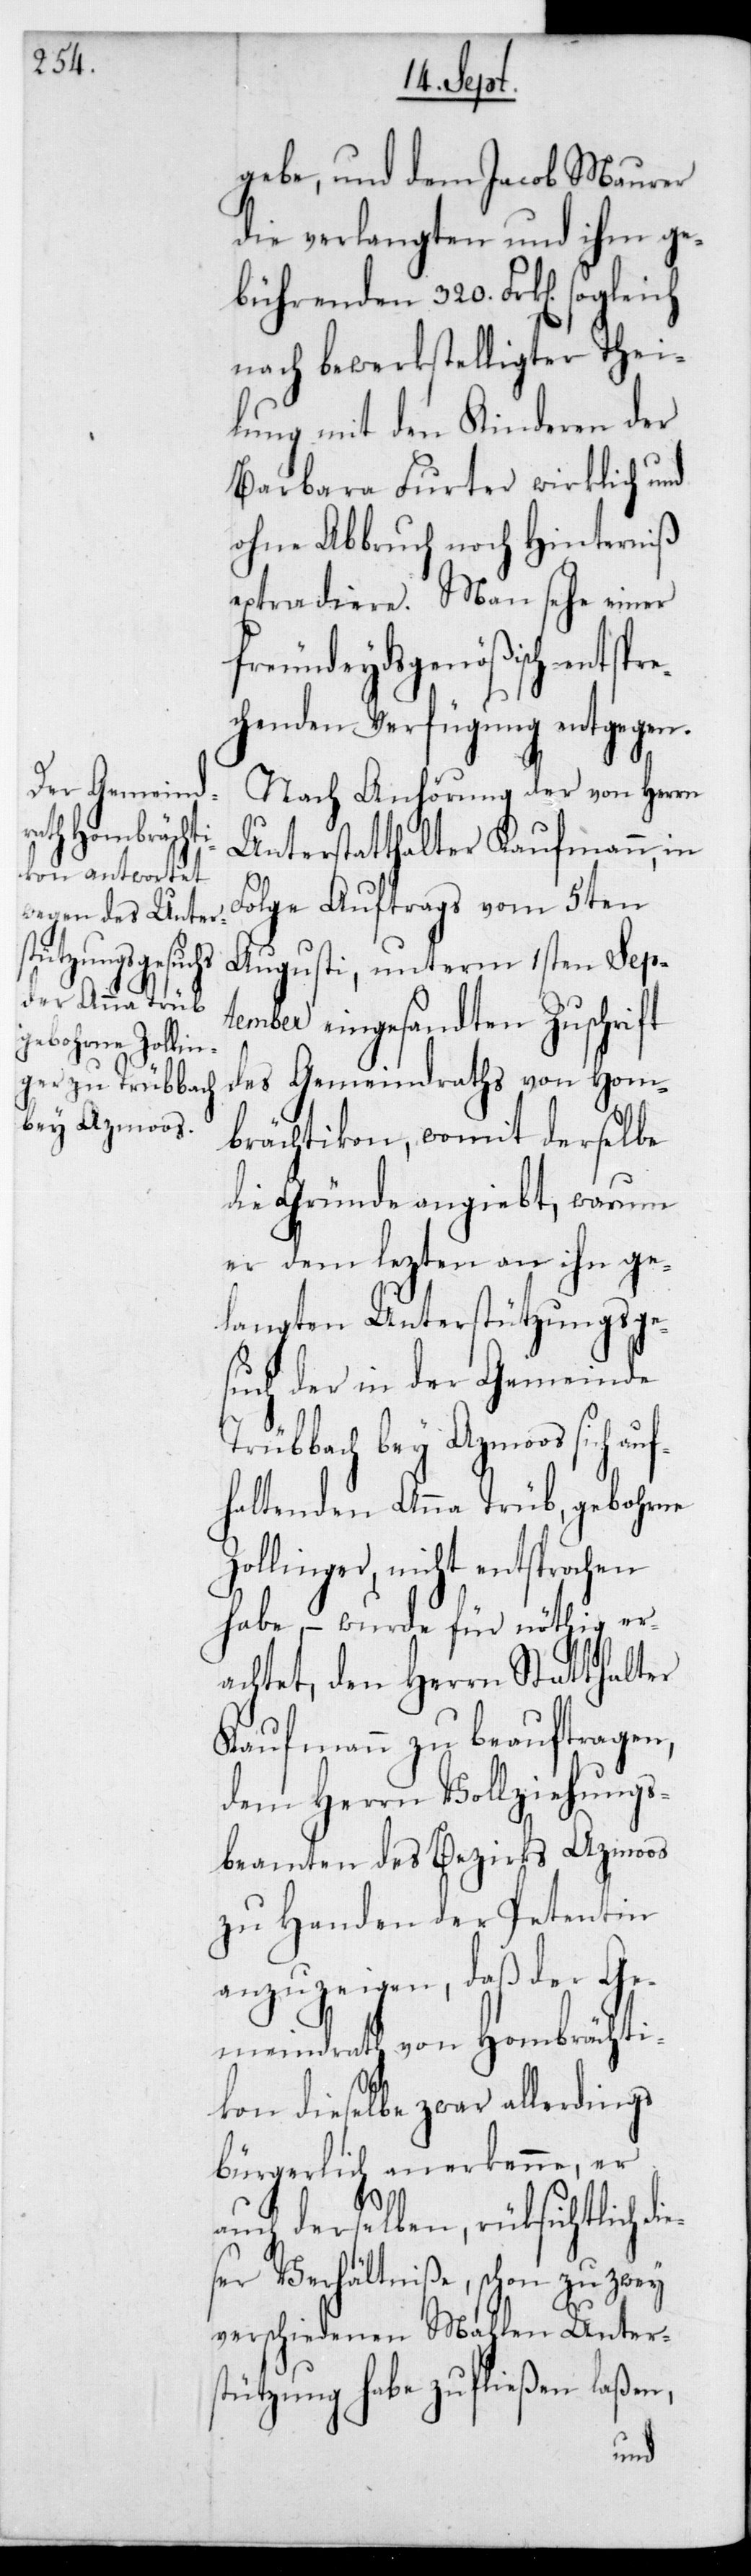
sich auf¬
bey Azmoos

gebe, und dem Jacob Maurer
die verlangten und ihm ge¬
bührenden 320 Frk[en]
nach bewerkstelligter Thei¬
lung mit den Kinderen der
Barbara Furter wirklich und
ohne Abbruch noch Hinderniß
extradiere. Man sehe einer
freundeydsgenößisch entspr¬
echenden Verfügung entgegen.
Nach Anhörung der von Herrn
Unterstatthalter Kaufmann, in
Folge Auftrags vom 5ten
Augusti, unterm 1sten Sep¬
tember eingesandten Zuschrift
des Gemeindraths von Hom¬
brächtikon, womit derselbe
die Gründe angibt, warum
er dem lezten an ihn ge¬
langten Unterstützungsge¬
such der in der Gemeinde
haltenden Anna Trüb, gebohrne
Zollinger, nicht entsprochen
habe, – wurde für nöthig er¬
achtet, den Herrn Statthalter
Kaufmann zu beauftragen,
dem Herrn Vollziehungs¬
beamten des Bezirks Azmoos
zu Handen der Petentin
anzuzeigen, daß der Ge¬
meindrath von Hombrächti¬
kon dieselbe zwar allerdings
bürgerlich anerkenne, er
auch derselben, rücksichtlich d¬
ieser Verhältniße, schon zu zwey
verschiedene Mahlen Unter¬
stützung habe zufließen laßen,